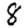
Digit: 8